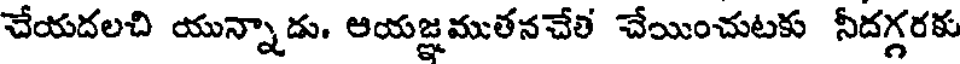
చేయదలచి యున్నాడు. ఆయజ్ఞముతనచేలి చేయించుటకు నీదగ్గరకు